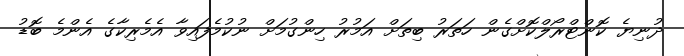
ދުނިޔެ ކޮންޓްރޯލްކޮށްގެން ހަތަރު ބިތަށް އަމުރު ހިންގުމަށް ނުކުމެފައިވާ އެމެރިކާގެ އެންމެ ބޮޑު